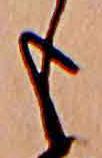
も